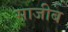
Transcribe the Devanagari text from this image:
साजीब